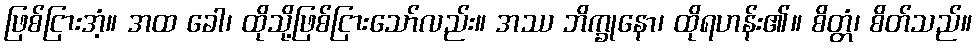
ဖြစ်ငြားအံ့။ အထ ခေါ၊ ထိုသို့ဖြစ်ငြားသော်လည်း။ အဿ ဘိက္ခုနော၊ ထိုရဟန်း၏။ စိတ္တံ၊ စိတ်သည်။